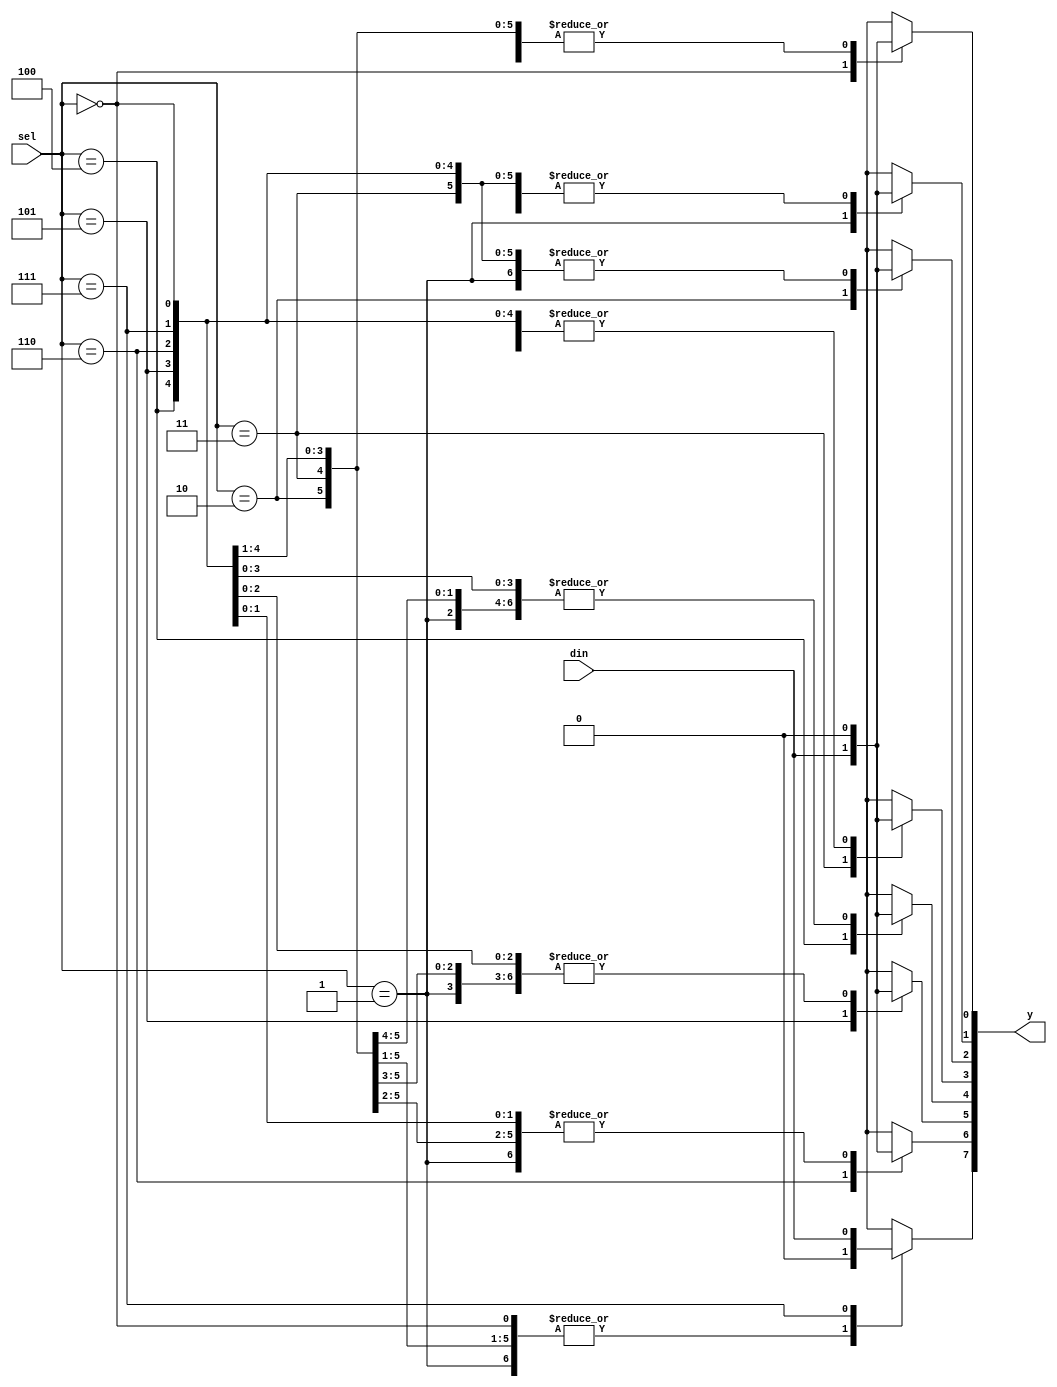
module demux_1_8(input din, input [2:0]sel, output reg [7:0]y);

//Gate level modelling

/*
assign y[0]=~sel[2]&~sel[1]&~sel[0]&din;
assign y[1]=~sel[2]&~sel[1]&sel[0]&din;
assign y[2]=~sel[2]&sel[1]&~sel[0]&din;
assign y[3]=~sel[2]&sel[1]&sel[0]&din;
assign y[4]=sel[2]&~sel[1]&~sel[0]&din;
assign y[5]=sel[2]&~sel[1]&sel[0]&din;
assign y[6]=sel[2]&sel[1]&~sel[0]&din;
assign y[7]=sel[2]&sel[1]&sel[0]&din;

*/



// Behavioural modelling - case statement

always @(*)
begin
case(sel)
3'b000:begin
	y[0]=din;
	y[1]=1'b0;
	y[2]=1'b0;
	y[3]=1'b0;
	y[4]=1'b0;
	y[5]=1'b0;
	y[6]=1'b0;
	y[7]=1'b0;
	end

3'b001:begin
	y[0]=1'b0;
	y[1]=din;
	y[2]=1'b0;
	y[3]=1'b0;
	y[4]=1'b0;
	y[5]=1'b0;
	y[6]=1'b0;
	y[7]=1'b0;
	end

3'b010:begin
	y[0]=1'b0;
	y[1]=1'b0;
	y[2]=din;
	y[3]=1'b0;
	y[4]=1'b0;
	y[5]=1'b0;
	y[6]=1'b0;
	y[7]=1'b0;
	end

3'b011:begin
	y[0]=1'b0;
	y[1]=1'b0;
	y[2]=1'b0;
	y[3]=din;
	y[4]=1'b0;
	y[5]=1'b0;
	y[6]=1'b0;
	y[7]=1'b0;
	end

3'b100:begin
	y[0]=1'b0;
	y[1]=1'b0;
	y[2]=1'b0;
	y[3]=1'b0;
	y[4]=din;
	y[5]=1'b0;
	y[6]=1'b0;
	y[7]=1'b0;
	end

3'b101:begin
	y[0]=1'b0;
	y[1]=1'b0;
	y[2]=1'b0;
	y[3]=1'b0;
	y[4]=1'b0;
	y[5]=din;
	y[6]=1'b0;
	y[7]=1'b0;
	end

3'b110:begin
	y[0]=1'b0;
	y[1]=1'b0;
	y[2]=1'b0;
	y[3]=1'b0;
	y[4]=1'b0;
	y[5]=1'b0;
	y[6]=din;
	y[7]=1'b0;
	end

3'b111:begin
	y[0]=1'b0;
	y[1]=1'b0;
	y[2]=1'b0;
	y[3]=1'b0;
	y[4]=1'b0;
	y[5]=1'b0;
	y[6]=1'b0;
	y[7]=din;
	end

endcase

end

endmodule